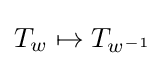
T_{w}\mapsto T_{w^{-1}}